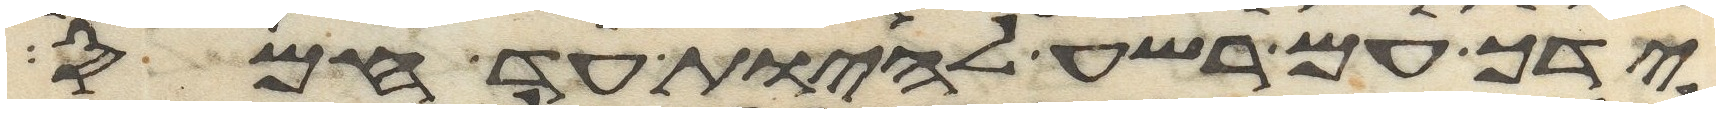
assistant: ידך עם רשע להיות עד חמס